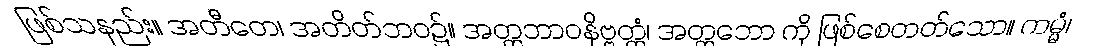
ဖြစ်သနည်း။ အတီတေ၊ အတိတ်ဘဝ၌။ အတ္တဘာဝနိဗ္ဗတ္တံ၊ အတ္တဘော ကို ဖြစ်စေတတ်သော။ ကမ္မံ၊